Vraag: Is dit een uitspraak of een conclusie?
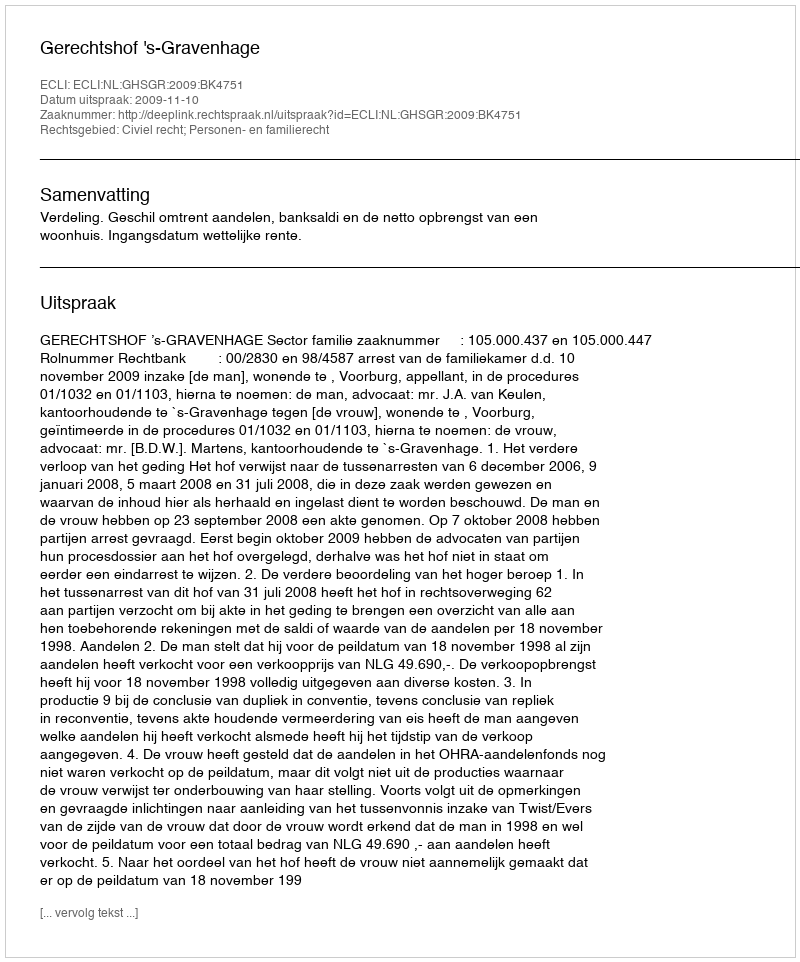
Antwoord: Uitspraak